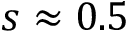
s \approx 0 . 5